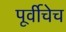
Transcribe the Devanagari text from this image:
पूर्वीचेच